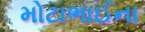
મોટાભાઈના